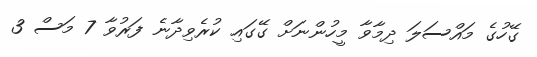
ގޭހުގެ މައްސަލަ ދިމާވާ މީހުންނަށް ގޭގައި ކުރެވިދާނެ ފަރުވާ 7 މަސް 3